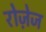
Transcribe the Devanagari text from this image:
रोज़ेज